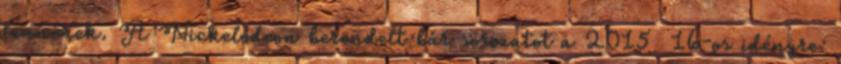
lennének. A Nickelodeon berendelt bár sorozatot a 2015 16-os idényre: